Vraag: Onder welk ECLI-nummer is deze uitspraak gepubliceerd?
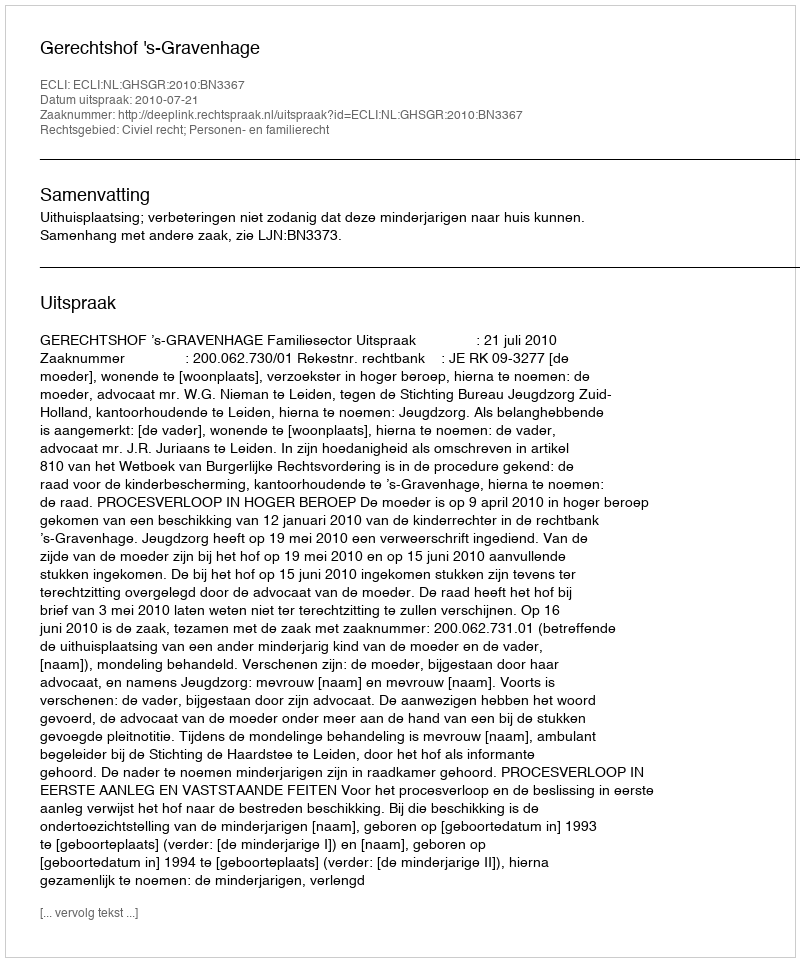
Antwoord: ECLI:NL:GHSGR:2010:BN3367